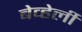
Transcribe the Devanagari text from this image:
बेव्हेर्ली